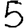
Digit: 5